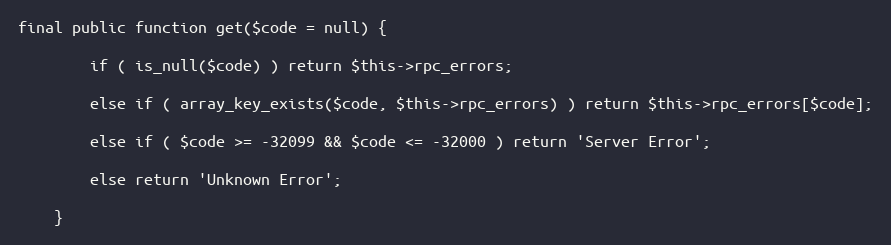
Language: PHP
final public function get($code = null) {

        if ( is_null($code) ) return $this->rpc_errors;

        else if ( array_key_exists($code, $this->rpc_errors) ) return $this->rpc_errors[$code];

        else if ( $code >= -32099 && $code <= -32000 ) return 'Server Error';

        else return 'Unknown Error';

    }